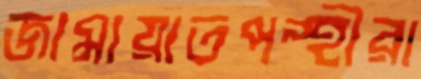
জামায়াতপন্থীরা